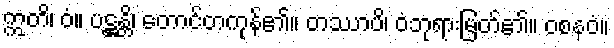
ဣတိ၊ ဝံ။ ပဋ္ဌန္တိ၊ တောင်တကုန်၏။ တဿာပိ၊ ဝံဘုရားမြတ်၏။ ဝစနဝံ။